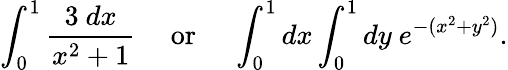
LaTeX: \int_{0}^{1}{\frac{3\ dx}{x^{2}+1}}\quad{\mathrm{~or~}}\quad\int_{0}^{1}dx\int_{0}^{1}dy\ e^{-(x^{2}+y^{2})}.